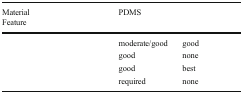
<table><thead><tr><td><b>MaterialFeature</b></td><td><b>PDMS</b></td><td>[EMPTY_CELL]</td></tr></thead><tbody><tr><td>[EMPTY_CELL]</td><td>moderate/good</td><td>good</td></tr><tr><td>[EMPTY_CELL]</td><td>good</td><td>none</td></tr><tr><td>[EMPTY_CELL]</td><td>good</td><td>best</td></tr><tr><td>[EMPTY_CELL]</td><td>required</td><td>none</td></tr></tbody></table>